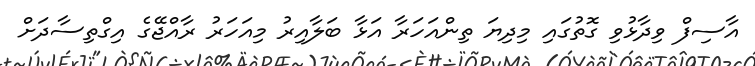
އާސިފް ވިދާޅުވި ގޮތުގައި މިދިޔަ ތިންއަހަރާ އަޅާ ބަލާއިރު މިއަހަރު ރާއްޖޭގެ އިގްތިސާދަށް